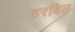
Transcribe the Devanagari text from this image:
ठरविल